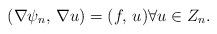
LaTeX: \begin{align*}(\nabla \psi_{n}, \,\nabla u) = (f, \,u) \forall u \in Z_{n}.\end{align*}